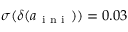
\sigma ( \delta ( a _ { \mathrm { ~ i ~ n ~ i ~ } } ) ) = 0 . 0 3